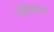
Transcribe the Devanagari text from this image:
रेफ्रीज़रेशन